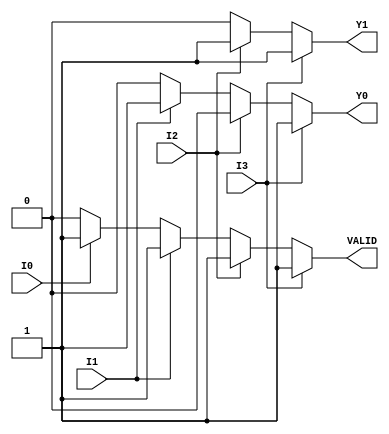
module encoder_4to2 (
    input wire I0,    // Input 0
    input wire I1,    // Input 1
    input wire I2,    // Input 2
    input wire I3,    // Input 3
    output reg Y1,    // Output 1
    output reg Y0,    // Output 0
    output reg VALID   // Valid output signal
);

always @(*) begin
    // Default values
    Y1 = 1'b0;
    Y0 = 1'b0;
    VALID = 1'b0;

    // Priority encoding logic
    if (I3) begin
        Y1 = 1'b1; // Y1 = 1
        Y0 = 1'b1; // Y0 = 1
        VALID = 1'b1; // Output is valid
    end else if (I2) begin
        Y1 = 1'b1; // Y1 = 1
        Y0 = 1'b0; // Y0 = 0
        VALID = 1'b1; // Output is valid
    end else if (I1) begin
        Y1 = 1'b0; // Y1 = 0
        Y0 = 1'b1; // Y0 = 1
        VALID = 1'b1; // Output is valid
    end else if (I0) begin
        Y1 = 1'b0; // Y1 = 0
        Y0 = 1'b0; // Y0 = 0
        VALID = 1'b1; // Output is valid
    end else begin
        VALID = 1'b0; // No inputs are active
    end
end

endmodule